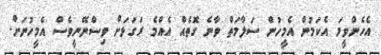
އެހެންވީމަ އެކަމުން އެމީހުން ސަލާމަތް ވާނެ ގޮތެއް އެއްމެ ރަގަޅަށް ވިސްނޭނީވެސް އެމީހުނަށް.